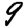
Digit: 9